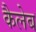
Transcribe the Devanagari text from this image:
कैलेब